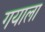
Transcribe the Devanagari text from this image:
गयाला